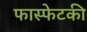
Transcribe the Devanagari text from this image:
फास्फेटकी